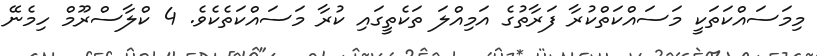
މިމަސައްކަތަކީ މަސައްކަތްކުރާ ފަރާތުގެ އަމިއްލަ ތަކެތީގައި ކުރާ މަސައްކަތެކެވެ. 4 ކްލާސްރޫމް ހިމެނޭ